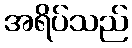
အရိပ်သည်